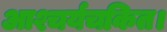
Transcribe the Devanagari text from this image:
आश्चर्यचकित।